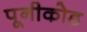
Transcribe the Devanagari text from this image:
पूनीकोड